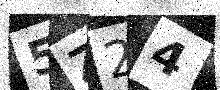
Text: 5Z24